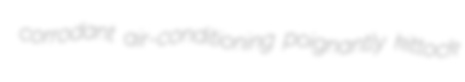
corrodant air-conditioning poignantly kittock